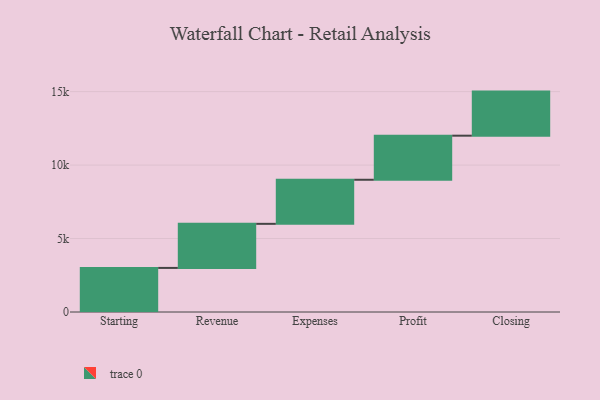
{"axis": {"x": "Step", "y": "Value"}, "legend": [""], "data": [{"x": "Starting", "y": 3000, "type": ""}, {"x": "Revenue", "y": 3000, "type": ""}, {"x": "Expenses", "y": 3000, "type": ""}, {"x": "Profit", "y": 3000, "type": ""}, {"x": "Closing", "y": 3000, "type": ""}]}